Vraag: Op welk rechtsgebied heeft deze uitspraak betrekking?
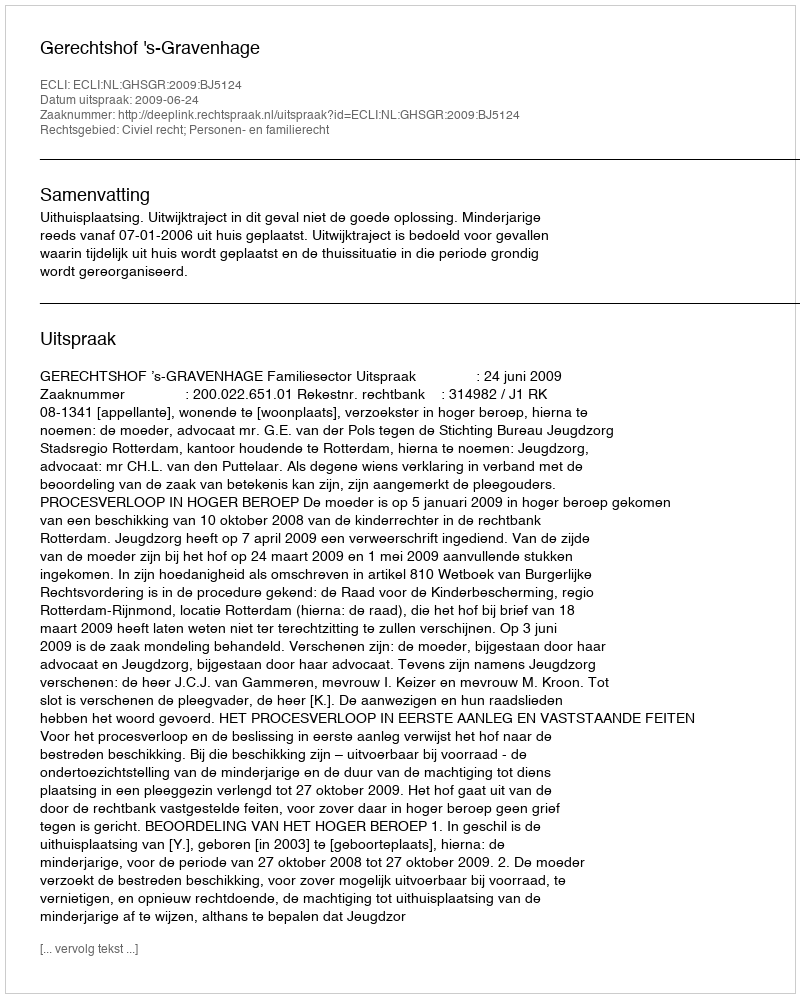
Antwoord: Civiel recht; Personen- en familierecht